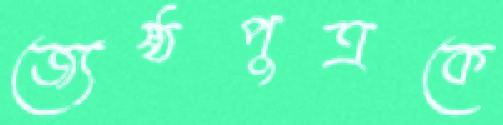
জ্যেষ্ঠপুত্রকে